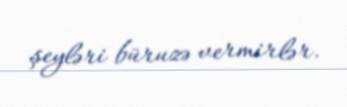
şeyləri büruzə vermirlər.